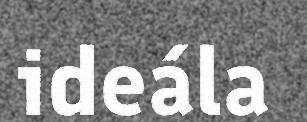
ideála